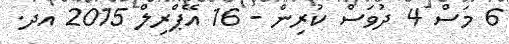
6 މަސް 4 ދުވަސް ކުރިން - 16 އޭޕްރިލް 2015 އދ.